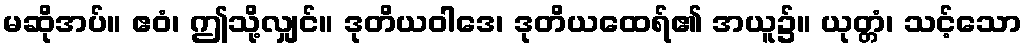
မဆိုအပ်။ ဧဝံ၊ ဤသို့လျှင်။ ဒုတိယဝါဒေ၊ ဒုတိယထေရ်၏ အယူ၌။ ယုတ္တံ၊ သင့်သော